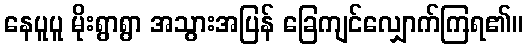
နေပူပူ မိုးရွာရွာ အသွားအပြန် ခြေကျင်လျှောက်ကြရ၏။